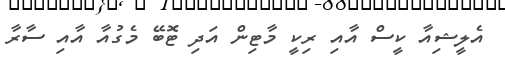
އެލީޝިއާ ކީސް އާއި ރިކީ މާޓިން އަދި ޓޮބޭ މެގުއާ އާއި ސާރާ